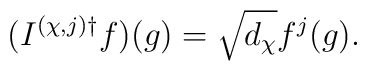
( I^{ ( \chi , j ) \dagger } f ) ( g )	=	\sqrt{ d_\chi }	f^j ( g ).